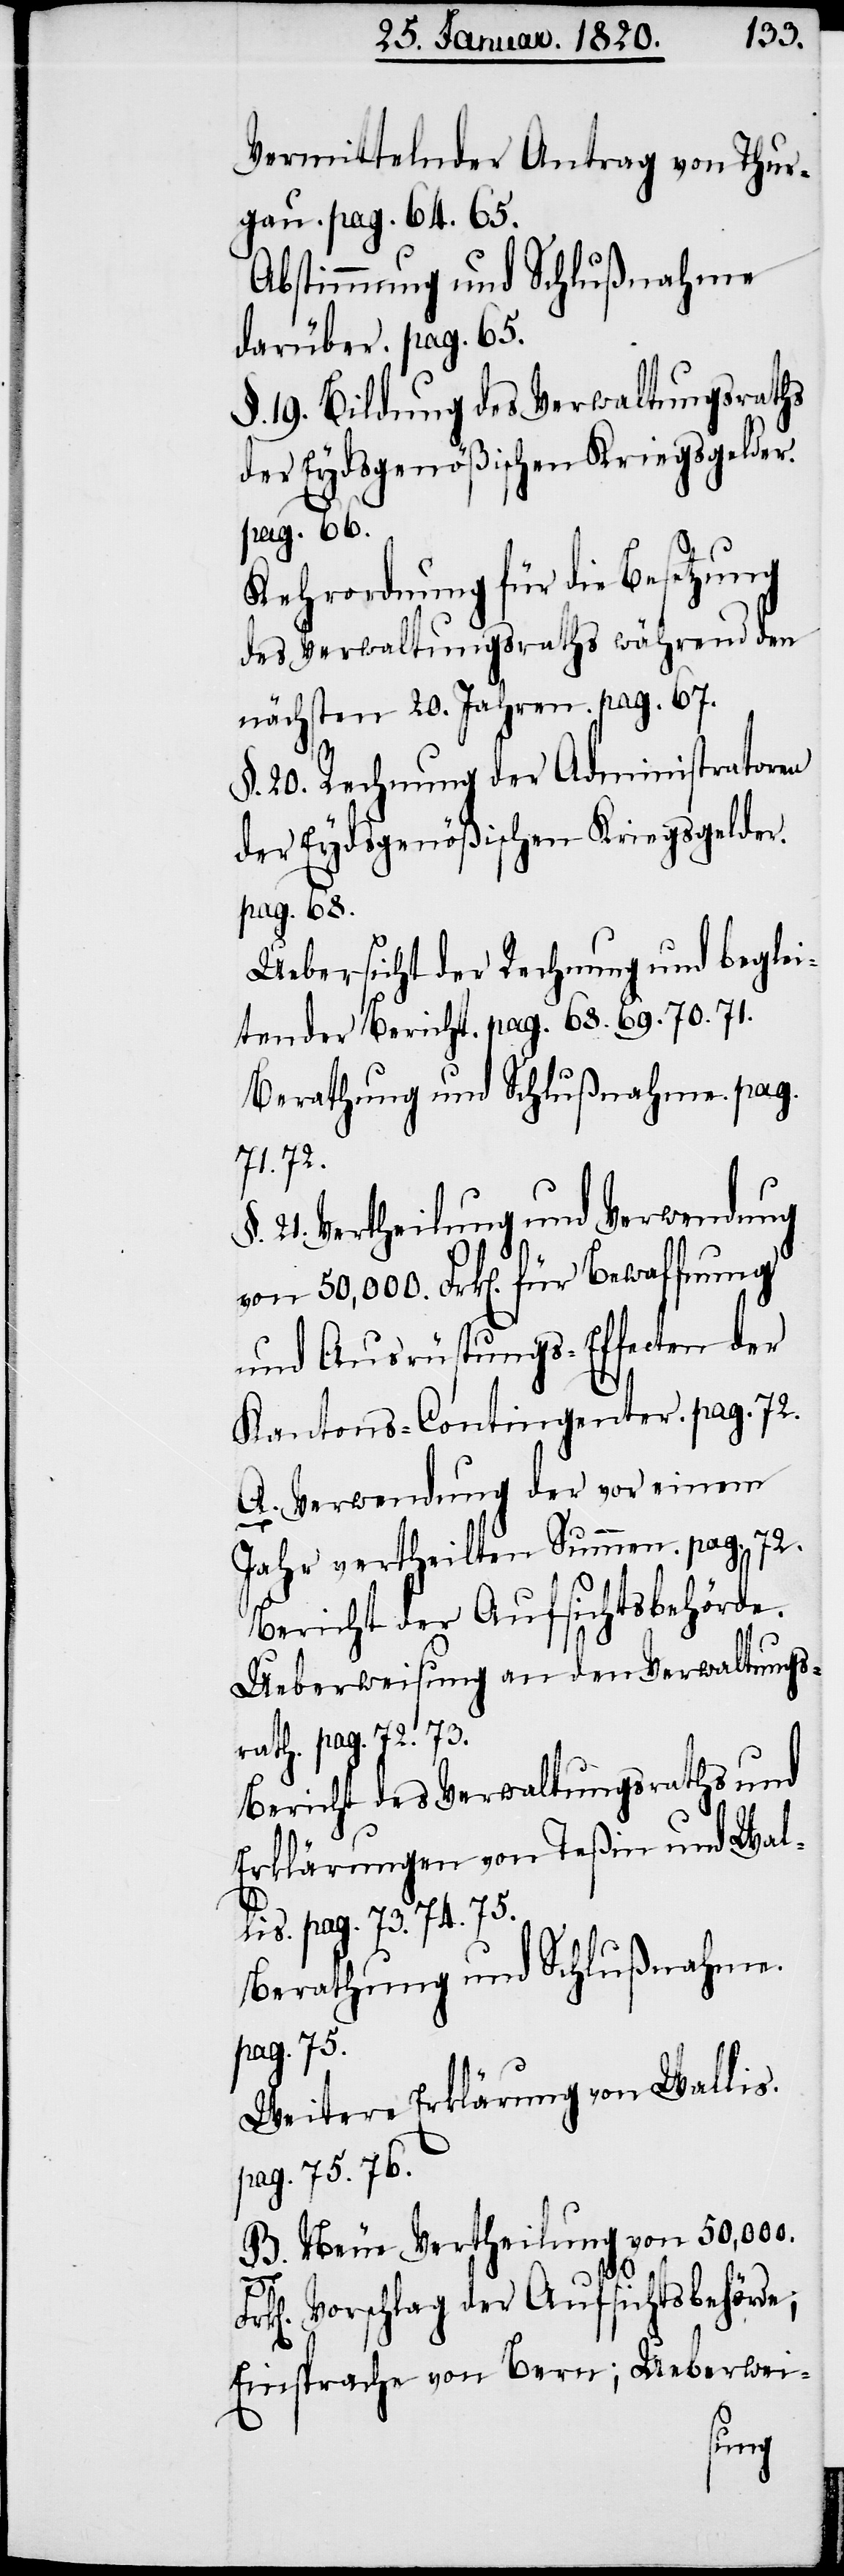
Vermittelnder Antrag von Thur¬
gau. pag. 64. 65.
Abstimmung und Schlußnahme
darüber. pag. 65.
§. 19. Bildung des Verwaltungsraths
der Eydsgenößischen Kriegsgelder.
pag. 66.
Kehrordnung für die Besetzung
des Verwaltungsraths während den
nächsten 20. Jahren. pag. 67.
§. 20. Rechnung der Administratoren
der Eydsgenößischen Kriegsgelder.
pag. 68.
Uebersicht der Rechnung und beglei¬
tender Bericht. pag. 68. 69. 70. 71.
Berathung und Schlußnahme. pag.
71. 72.
21. Vertheilung und Verwendung
und Ausrüstungs-Effecten der
Kantons-Contingenter. pag. 72.
A. Verwendung der vor einem
Jahr vertheilten Summen. pag. 72.
Bericht der Aufsichtsbehörde.
Ueberweisung an den Verwaltungs¬
rath. pag. 72. 73.
Bericht des Verwaltungsraths und
Erklärungen von Teßin und Wal¬
lis. pag. 73. 74. 75.
Berathung und Schlußnahme.
pag. 75.
Weitere Erklärung von Wallis.
pag. 75. 76.
B. Neue Vertheilung von 50,000.
Vorschlag der Aufsichtsbehörde;
Einsprache von Bern; Ueberwei-